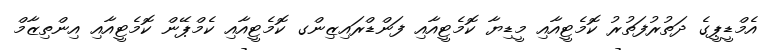
އެމްޑީޕީގެ ދަތުރުފަތުރު ކޮމެޓީއާއި މީޑިޔާ ކޮމެޓީއާއި ފަންޑްރައިޒިންގ ކޮމެޓީއާއި ކެމްޕޭން ކޮމެޓީއާއި އިންތިޒާމް